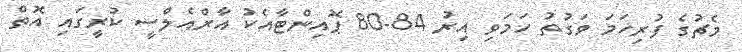
މެޗުގެ ފުރިހަމަ ވަގުތު ހަަމަވި އިރު 84-80 ޕޮއިންޓާއެކު އާރްއެލްސީ ކުރީގައި އޮތް